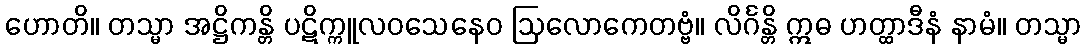
ဟောတိ။ တသ္မာ အဋ္ဌိကန္တိ ပဋိက္ကူလဝသေနေဝ ဩလောကေတဗ္ဗံ။ လိင်္ဂန္တိ ဣဓ ဟတ္ထာဒီနံ နာမံ။ တသ္မာ